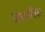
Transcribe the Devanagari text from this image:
अव्यारिक